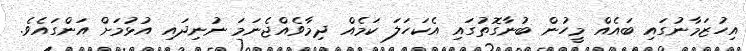
އިހުޒަމާނުގައި ބައެއް މީހުން ބުނާގޮތުގައި އެކަހަލަ ކަމެއް ދިމާވެއްޖެނަމަ ނުނިދައި އުޅުމަށް އަންގަައެވެ.